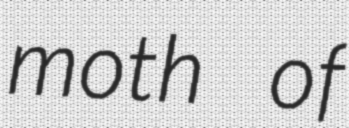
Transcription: moth of